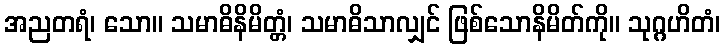
အညတရံ၊ သော။ သမာဓိနိမိတ္တံ၊ သမာဓိသာလျှင် ဖြစ်သောနိမိတ်ကို။ သုဂ္ဂဟိတံ၊